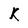
Character: K